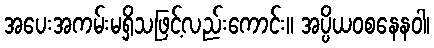
အပေးအကမ်းမရှိသဖြင့်လည်းကောင်း။ အပ္ပိယဝစနေနဝါ၊